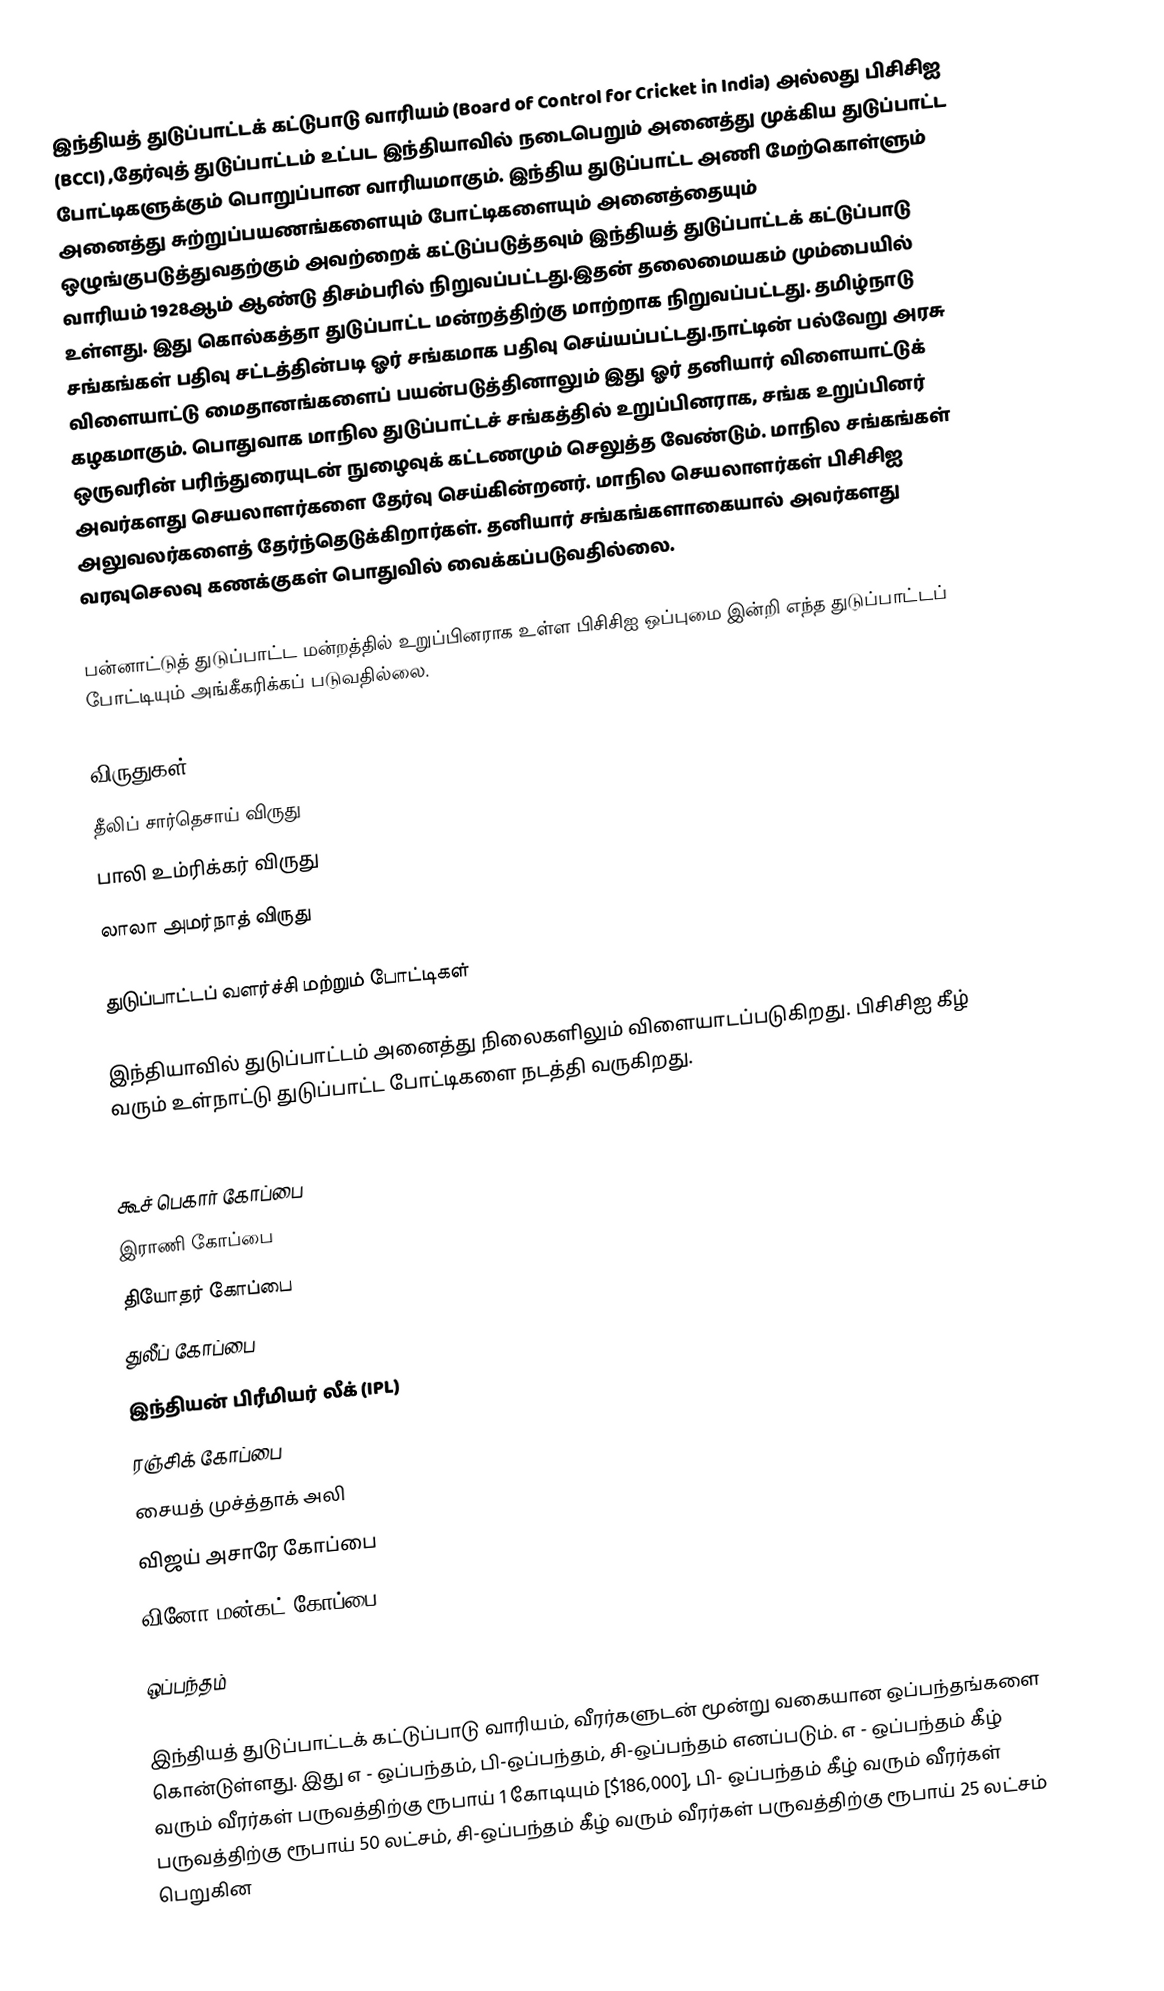
இந்தியத் துடுப்பாட்டக் கட்டுபாடு வாரியம் (Board of Control for Cricket in India) அல்லது பிசிசிஐ (BCCI) ,தேர்வுத் துடுப்பாட்டம் உட்பட இந்தியாவில் நடைபெறும் அனைத்து முக்கிய துடுப்பாட்ட போட்டிகளுக்கும் பொறுப்பான வாரியமாகும். இந்திய துடுப்பாட்ட அணி மேற்கொள்ளும் அனைத்து சுற்றுப்பயணங்களையும் போட்டிகளையும் அனைத்தையும் ஒழுங்குபடுத்துவதற்கும் அவற்றைக் கட்டுப்படுத்தவும் இந்தியத் துடுப்பாட்டக் கட்டுப்பாடு வாரியம் 1928ஆம் ஆண்டு திசம்பரில் நிறுவப்பட்டது.இதன் தலைமையகம் மும்பையில் உள்ளது. இது கொல்கத்தா துடுப்பாட்ட மன்றத்திற்கு மாற்றாக நிறுவப்பட்டது. தமிழ்நாடு சங்கங்கள் பதிவு சட்டத்தின்படி ஓர் சங்கமாக பதிவு செய்யப்பட்டது.நாட்டின் பல்வேறு அரசு விளையாட்டு மைதானங்களைப் பயன்படுத்தினாலும் இது ஓர் தனியார் விளையாட்டுக் கழகமாகும். பொதுவாக மாநில துடுப்பாட்டச் சங்கத்தில் உறுப்பினராக, சங்க உறுப்பினர் ஒருவரின் பரிந்துரையுடன் நுழைவுக் கட்டணமும் செலுத்த வேண்டும். மாநில சங்கங்கள் அவர்களது செயலாளர்களை தேர்வு செய்கின்றனர். மாநில செயலாளர்கள் பிசிசிஐ அலுவலர்களைத் தேர்ந்தெடுக்கிறார்கள். தனியார் சங்கங்களாகையால் அவர்களது வரவுசெலவு கணக்குகள் பொதுவில் வைக்கப்படுவதில்லை.

பன்னாட்டுத் துடுப்பாட்ட மன்றத்தில் உறுப்பினராக உள்ள பிசிசிஐ ஒப்புமை இன்றி எந்த துடுப்பாட்டப் போட்டியும் அங்கீகரிக்கப் படுவதில்லை.

விருதுகள்
 தீலிப் சார்தெசாய் விருது
 பாலி உம்ரிக்கர் விருது
 லாலா அமர்நாத் விருது

துடுப்பாட்டப் வளர்ச்சி மற்றும் போட்டிகள்

இந்தியாவில் துடுப்பாட்டம் அனைத்து நிலைகளிலும் விளையாடப்படுகிறது. பிசிசிஐ கீழ் வரும் உள்நாட்டு துடுப்பாட்ட போட்டிகளை நடத்தி வருகிறது.

 கூச் பெகார் கோப்பை
 இராணி கோப்பை
 தியோதர் கோப்பை
 துலீப் கோப்பை
 இந்தியன் பிரீமியர் லீக் (IPL)
 ரஞ்சிக் கோப்பை
 சையத் முச்த்தாக் அலி
 விஜய் அசாரே கோப்பை
 வினோ மன்கட் கோப்பை

ஒப்பந்தம்

இந்தியத் துடுப்பாட்டக் கட்டுப்பாடு வாரியம், வீரர்களுடன் மூன்று வகையான ஒப்பந்தங்களை கொன்டுள்ளது. இது எ - ஒப்பந்தம், பி-ஒப்பந்தம், சி-ஒப்பந்தம் எனப்படும். எ - ஒப்பந்தம் கீழ் வரும் வீரர்கள் பருவத்திற்கு  ரூபாய் 1 கோடியும் [$186,000], பி- ஒப்பந்தம் கீழ் வரும் வீரர்கள் பருவத்திற்கு ரூபாய் 50 லட்சம், சி-ஒப்பந்தம் கீழ் வரும் வீரர்கள் பருவத்திற்கு ரூபாய் 25 லட்சம் பெறுகின